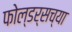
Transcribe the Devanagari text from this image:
फोल्डर्सच्या